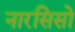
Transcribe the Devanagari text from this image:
नारसिसो